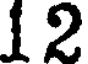
12